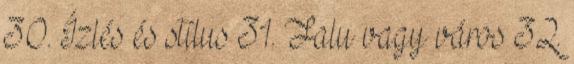
30. Ízlés és stílus 31. Falu vagy város 32.